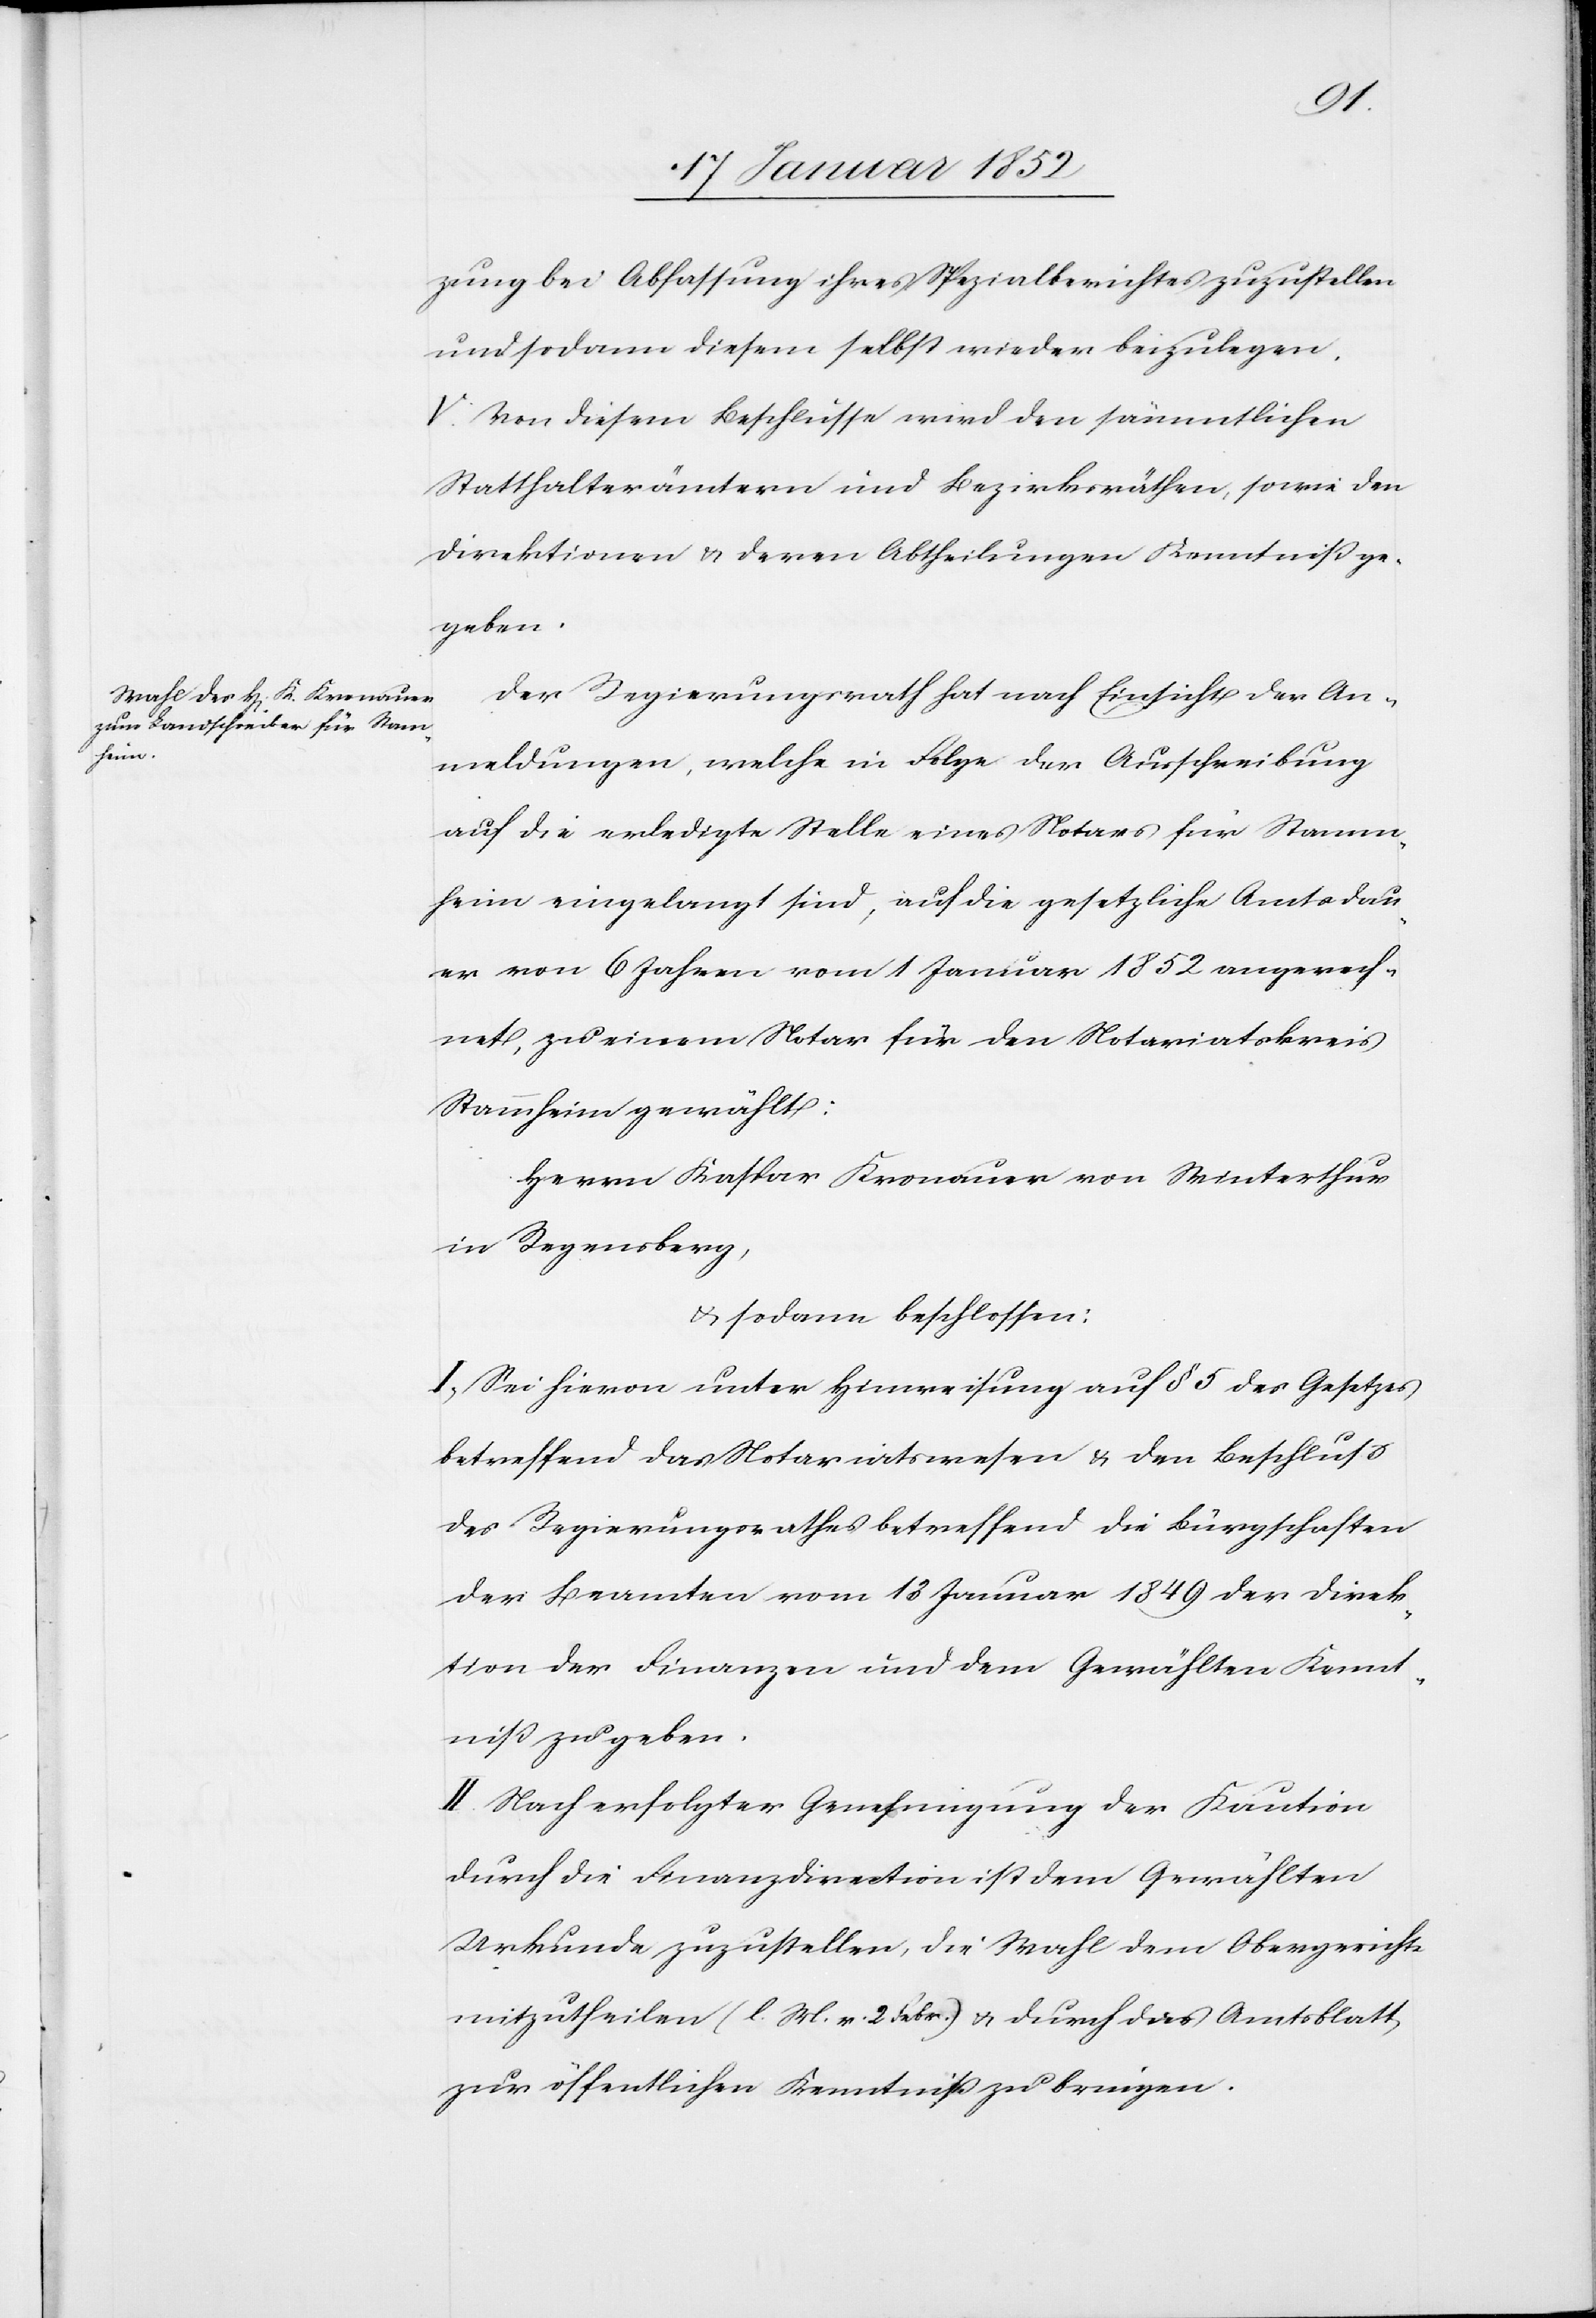
zung bei Abfassung ihres Spezialberichtes zuzustellen
und sodann diesem selbst wieder beizulegen.
V. Von diesem Beschlusse wird den sämmtlichen
Statthalterämtern und Bezirksräthen, sowie den
Direktionen u. deren Abtheilungen Kenntniß ge¬
geben.
Der Regierungsrath hat nach Einsicht der An¬
meldungen, welche in Folge der Ausschreibung
auf die erledigte Stelle eines Notars für Stamm¬
heim eingelangt sind, auf die gesetzliche Amtsdau¬
er von 6 Jahren vom 1 Januar 1852 an gerech¬
net, zu einem Notar für den Notariatskreis
Stammheim gewählt:
Herrn Kaspar Knonauer von Winterthur
in Regensberg,
u. sodann beschlossen:
I. Sei hievon unter Hinweisung auf § 5 des Gesetzes
betreffend das Notariatswesen u. den Beschluß
des Regierungsrathes betreffend die Bürgschaften
der Beamten vom 13 Januar 1849 der Direk¬
tion der Finanzen und dem Gewählten Kennt¬
niß zu geben.
II. Nach erfolgter Genehmigung der Kaution
durch die Finanzdirection ist dem Gewählten
Urkunde zuzustellen, die Wahl dem Obergerichte
mitzutheilen (l. M. v. 2 Febr.) u. durch das Amtsblatt
zur öffentlichen Kenntniß zu bringen.